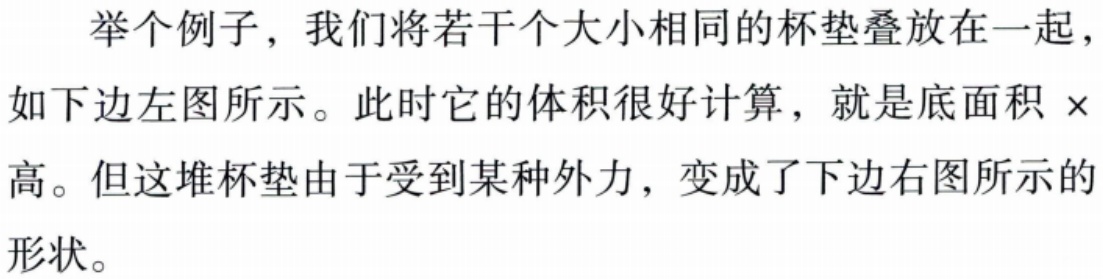
举个例子，我们将若干个大小相同的杯垫叠放在一起，如下边左图所示。此时它的体积很好计算，就是底面积×高。但这堆杯垫由于受到某种外力，变成了下边右图所示的形状。